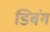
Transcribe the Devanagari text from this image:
डिबंग